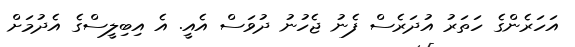
އަހަރެންގެ ހަތަރު އުދަރެސް ފެނު ޖެހުނު ދުވަސް އެއީ. އެ އިބިލީސްގެ އެދުމަށް